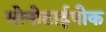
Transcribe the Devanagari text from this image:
मोनोटाईपीक